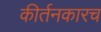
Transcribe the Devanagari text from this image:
कीर्तनकारच